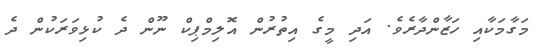
މަގާމަކާއި ހަޒާންދާރެވެ. އަދި މީގެ އިތުރުން އޮލިމްޕިކް ނޫން ދެ ކުޅިވަރަކުން ދެ